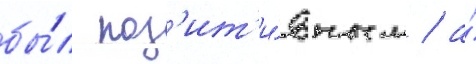
бы́л поз'ит'и́вным / а́